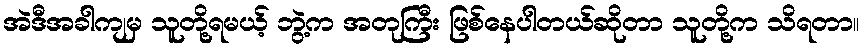
အဲဒီအခါကျမှ သူတို့ရမယ့် ဘွဲ့က အတုကြီး ဖြစ်နေပါတယ်ဆိုတာ သူတို့က သိရတာ။